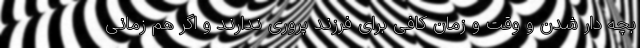
بچه دار شدن و وقت و زمان کافی برای فرزند پروری ندارند و اگر هم زمانی